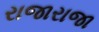
રાજારાજા